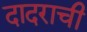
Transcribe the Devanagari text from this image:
दादराची